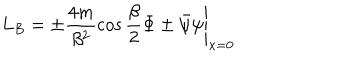
L _ { B } = \left. \pm \frac { 4 m } { \beta ^ { 2 } } \cos \frac { \beta } { 2 } \Phi \pm \bar { \psi } \psi \right| _ { x = 0 }